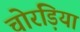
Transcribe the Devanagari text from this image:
चोरड़िया